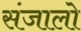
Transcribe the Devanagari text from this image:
संजालो